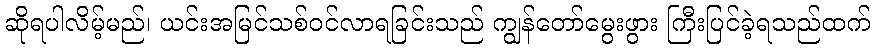
ဆိုရပါလိမ့်မည်၊ ယင်းအမြင်သစ်ဝင်လာရခြင်းသည် ကျွန်တော်မွေးဖွား ကြီးပြင်ခဲ့ရသည်ထက်